Problem: 10 × 9 = ?
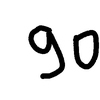
Handwritten answer: 90